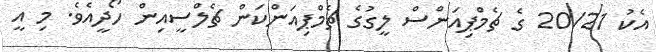
އެކު 20/21 ގެ ޗެމްޕިއަންސް ލީގުގެ ޗެމްޕިއަންކަން ޗެލްސީއިން ހޯދީއެވެ. މި އީ